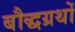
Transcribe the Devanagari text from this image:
बौद्धग्रथों